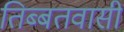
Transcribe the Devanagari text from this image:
तिब्बतवासी